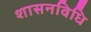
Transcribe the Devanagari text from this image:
शासनविधि